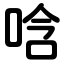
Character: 唅